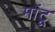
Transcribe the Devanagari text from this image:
मांटू